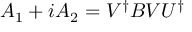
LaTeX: A _ { 1 } + i A _ { 2 } = V ^ { \dagger } B V U ^ { \dagger }